Scottish Leaving Certificate Examination, 1957
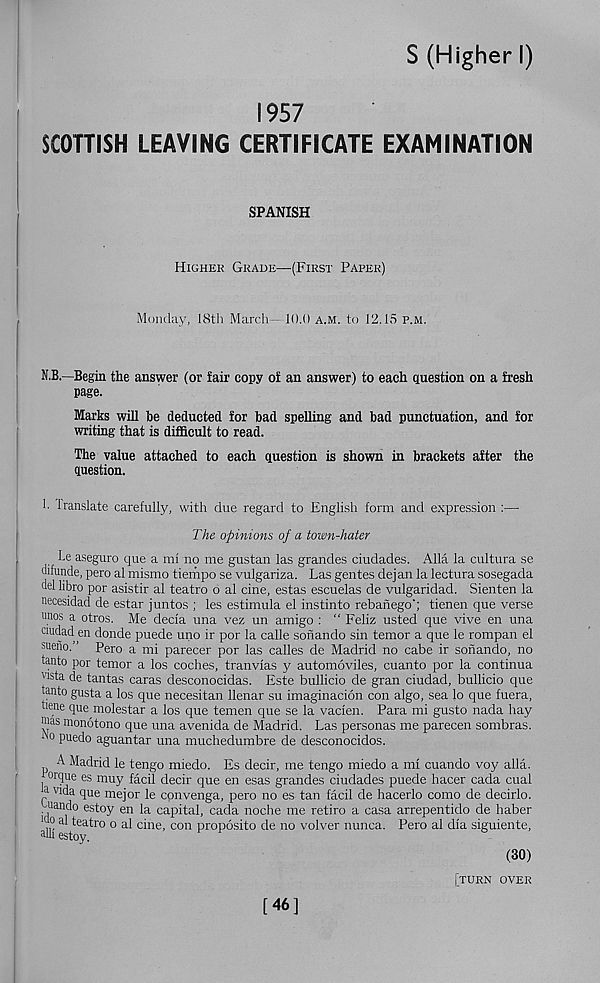
S (Higher I)
1957
SCOTTISH LEAVING CERTIFICATE EXAMINATION
SPANISH
Higher Grade—(First Paper)
Monday, 18th March- 10.0 a.m. to 12.15 p.m.
N.B.—Begin the answer (or fair copy of an answer) to each question on a fresh
page.
Marks will be deducted for bad spelling and bad punctuation, and for
writing that is difficult to read.
The value attached to each question is shown in brackets after the
question.
b translate carefully, with due regard to English form and expression :—
The opinions of a town-hater
he aseguro que a mi no me gustan las grandes ciudades. Alla la cultura se
difunde, pero al mismo tiempo se vulgariza. Las gentes dej an la lectura sosegada
del libro por asistir al teatro o al cine, estas escuelas de vulgaridad. Sienten la
necesidad de estar juntos ; les estimula el instinto rebanego'; tienen que verse
linos a otros. Me decia una vez un amigo : “ Feliz usted que vive en una
ciudad en donde puede uno ir por la calle sofiando sin temor a que le rompan el
sueno.
Pero a mi parecer por las calles de Madrid no cabe ir sonando, no
tanto por temor a los coches, tranvias y automoviles, cuanto por la continua
vista de tantas caras desconocidas. Este bullicio de gran ciudad, bullicio que
tanto gusta a los que necesitan llenar su imaginacion con algo, sea lo que fuera,
tiene que molestar a los que temen que se la vacien. Para mi gusto nada hay
mas monotono que una avenida de Madrid. Las personas me parecen sombras.
bo puedo aguantar una muchedumbre de desconocidos.
A Madrid le tengo miedo. Es decir, me tengo miedo a mi cuando voy alia,
orque es muy facil decir que en esas grandes ciudades puede hacer cada cual
a vida que mejor le cpnvenga, pero no es tan facil de hacerlo como de decirlo.
uando estoy en la capital, cada noche me retiro a casa arrepentido de haber
aljj ^ teatro o al cine, con proposito de no volver nunca. Pero al dia siguiente,
<!t0y '
(30)
[turn over
[46]